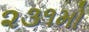
૨૩૧મો